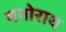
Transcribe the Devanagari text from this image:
मनोराथ